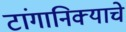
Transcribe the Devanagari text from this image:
टांगानिक्याचे